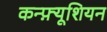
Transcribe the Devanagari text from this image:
कन्फ़्यूशियन